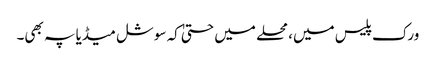
ورک پلیس میں، محلے میں حتیٰ کہ سوشل میڈیا پہ بھی۔